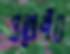
প্রজেক্টও